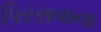
પિરસવાના